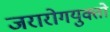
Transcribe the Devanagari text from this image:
जरारोगयुक्तो